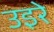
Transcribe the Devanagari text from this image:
उइरे